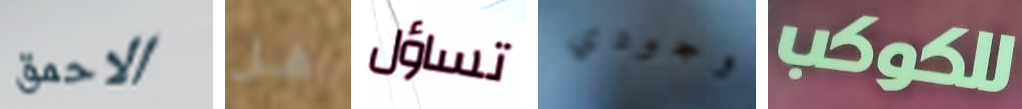
الاحمق هل تساؤل وجودي للكوكب